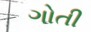
ગોતી